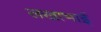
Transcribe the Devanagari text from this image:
लखाभाई